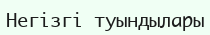
Негізгі туындылары